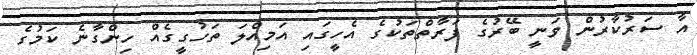
އާ ސަރުކާރުން ވަނީ ބޭރުގެ ފަރާތްތަކުގެ އެހީގައި އަމިއްލަ ތަހުގީގެއް ހިންގާނެ ކަމުގެ